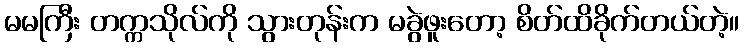
မမကြီး တက္ကသိုလ်ကို သွားတုန်းက မခွဲဖူးတော့ စိတ်ထိခိုက်တယ်တဲ့။